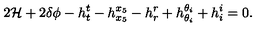
2 { \cal H } + 2 \delta \phi - h _ { t } ^ { t } - h _ { x _ { 5 } } ^ { x _ { 5 } } - h _ { r } ^ { r } + h _ { \theta _ { i } } ^ { \theta _ { i } } + h _ { i } ^ { i } = 0 .